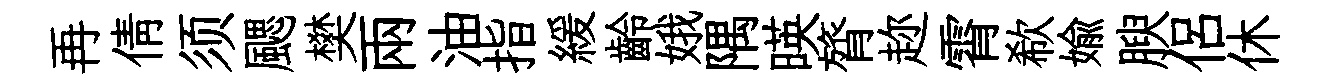
再倩须颸樊兩油指緩齡娥隅暎膂趂霄欷媮腴侣休